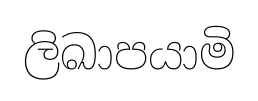
ලිඛාපයාමි